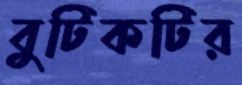
বুটিকটির